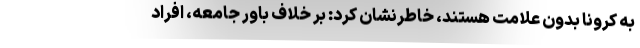
به کرونا بدون علامت هستند، خاطرنشان کرد: بر خلاف باور جامعه، افراد